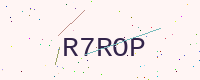
Text: R7ROP